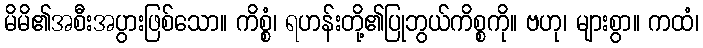
မိမိ၏အစီးအပွားဖြစ်သော။ ကိစ္စံ၊ ရဟန်းတို့၏ပြုဘွယ်ကိစ္စကို။ ဗဟု၊ များစွာ။ ကထံ၊